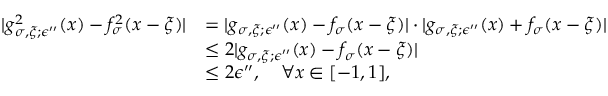
\begin{array} { r l } { | g _ { \sigma , \xi ; \epsilon ^ { \prime \prime } } ^ { 2 } ( x ) - f _ { \sigma } ^ { 2 } ( x - \xi ) | } & { = | g _ { \sigma , \xi ; \epsilon ^ { \prime \prime } } ( x ) - f _ { \sigma } ( x - \xi ) | \cdot | g _ { \sigma , \xi ; \epsilon ^ { \prime \prime } } ( x ) + f _ { \sigma } ( x - \xi ) | } \\ & { \le 2 | g _ { \sigma , \xi ; \epsilon ^ { \prime \prime } } ( x ) - f _ { \sigma } ( x - \xi ) | } \\ & { \le 2 \epsilon ^ { \prime \prime } , ~ ~ ~ \forall x \in [ - 1 , 1 ] , } \end{array}